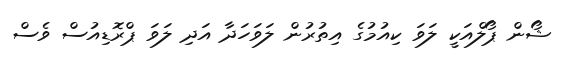
ޝޯން ޕޯލްއަކީ ލަވަ ކިއުމުގެ އިތުރުން ލަވަހަދާ އަދި ލަވަ ޕްރޮޑިއުސް ވެސް